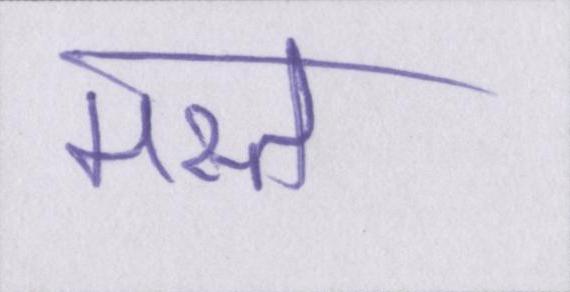
मस्त